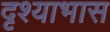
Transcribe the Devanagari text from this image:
दृश्याभास